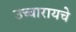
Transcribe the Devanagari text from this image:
उच्चारायचे